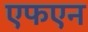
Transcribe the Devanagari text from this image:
एफएन